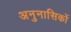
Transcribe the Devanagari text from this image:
अनुनासिकों